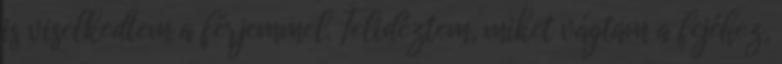
is viselkedtem a férjemmel. Felidéztem, miket vágtam a fejéhez,